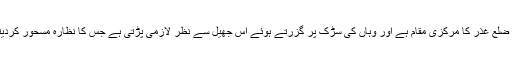
گوپس ضلع غذر کا مرکزی مقام ہے اور وہاں کی سڑک پر گزرتے ہوئے اس جھیل سے نظر لازمی پڑتی ہے جس کا نظارہ مسحور کردیتا ہے۔